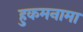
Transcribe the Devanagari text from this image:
हुकमनामा